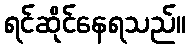
ရင်ဆိုင်နေရသည်။